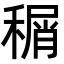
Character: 𬓹